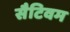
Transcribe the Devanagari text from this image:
सैटिवम